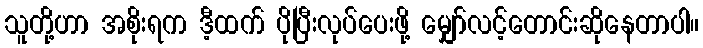
သူတို့ဟာ အစိုးရက ဒီ့ထက် ပိုပြီးလုပ်ပေးဖို့ မျှော်လင့်တောင်းဆိုနေတာပါ။